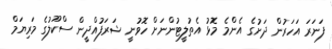
ފަނަރަ އަހަރުން ދަށުގެ އެންމެ މޮޅު އެތުލީޓުންނަށް ހޮވުނީ ޝަރަފުއްދީން ސްކޫލުގެ މަރިޔަމް